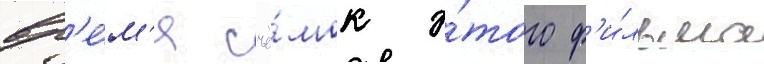
вр'е́м'я съё́мок э́того ф'и́льма